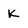
Character: K